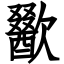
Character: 歠